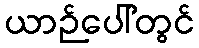
ယာဉ်ပေါ်တွင်